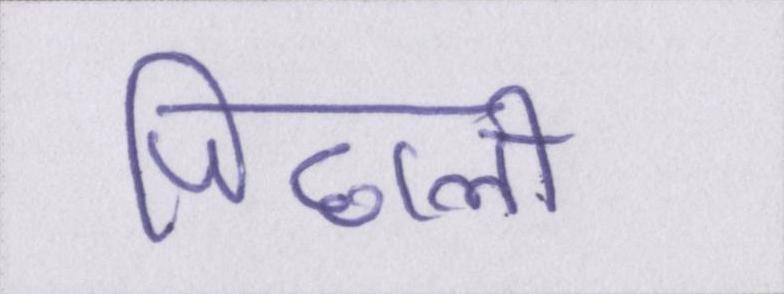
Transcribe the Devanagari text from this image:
पिछली